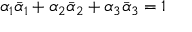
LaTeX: \alpha _ { 1 } \bar { \alpha } _ { 1 } + \alpha _ { 2 } \bar { \alpha } _ { 2 } + \alpha _ { 3 } \bar { \alpha } _ { 3 } = 1